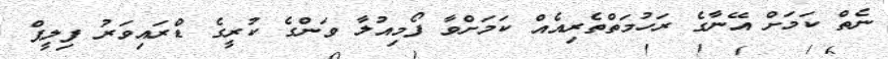
ނެތް ކަމަށް އޭނާގެ ރަހުމަތްތެރިއެއް ކަމަށްވާ ފޯމިއުލާ ވަންގެ ކުރީގެ ޑްރައިވަރު ފިލީޕް